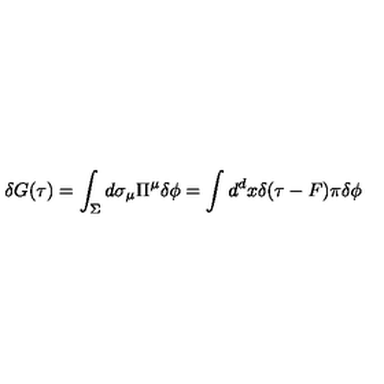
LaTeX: \delta G ( \tau ) = \int _ { \Sigma } d \sigma _ { \mu } \Pi ^ { \mu } \delta \phi = \int d ^ { d } x \delta ( \tau - F ) \pi \delta \phi